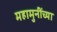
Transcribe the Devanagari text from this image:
महामुनींच्या